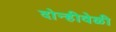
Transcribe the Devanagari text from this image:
दोन्हीवेळी